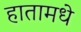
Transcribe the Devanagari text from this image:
हातामधे